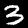
Digit: 3